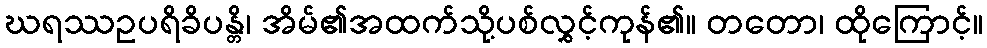
ဃရဿဥပရိခိပန္တိ၊ အိမ်၏အထက်သို့ပစ်လွှင့်ကုန်၏။ တတော၊ ထိုကြောင့်။